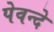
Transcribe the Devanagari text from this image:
पेवन्दे